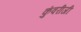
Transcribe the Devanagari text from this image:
कुंवरीजी